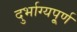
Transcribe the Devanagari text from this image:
दुर्भाग्यपू्‌र्ण